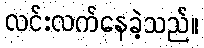
လင်းလက်နေခဲ့သည်။